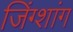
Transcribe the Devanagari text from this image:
जिंग्शांग